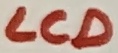
Text: LCD